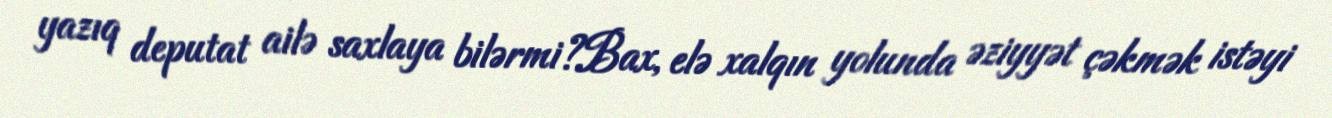
yazıq deputat ailə saxlaya bilərmi?Bax, elə xalqın yolunda əziyyət çəkmək istəyi